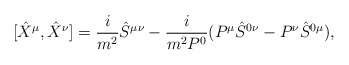
\begin{align*}[\hat{X }^{\mu },\hat{X}^{\nu }]=\frac{i}{m^2}\hat{S}^{\mu\nu }-\frac{i}{m^2P^0}(P^{\mu }\hat{S}^{0\nu }-P^{\nu }\hat{S}^{0\mu }),\end{align*}